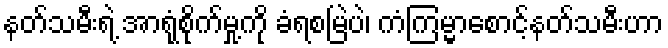
နတ်သမီးရဲ့ အာရုံစိုက်မှု့ကို ခံရစမြဲပဲ၊ ကံကြမ္မာစောင့်နတ်သမီးဟာ